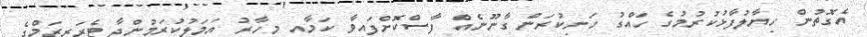
އެގޮތުން ހިޔާލުފާޅުކުރުމުގެ ހައްގު ހަނިކުރަން ގާނޫނެއް ފާސްކޮށްފައިވާ ކަމާއި މިހާރު އަމަލުކުރަމުންދާ ޓެރަރިޒަމްގެ